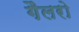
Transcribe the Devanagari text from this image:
गैलरो